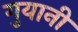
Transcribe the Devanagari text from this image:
गुयानी